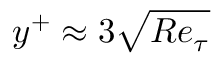
y ^ { + } \approx 3 \sqrt { R e _ { \tau } }